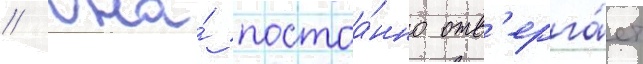
// Она́ постоа́нно отв'ерга́ет